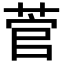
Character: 菅